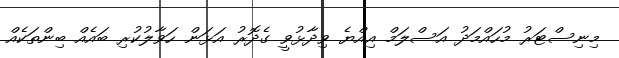
މިނިސްޓަރު މުހައްމަދު އަސްލަމް އިއްޔެ ވިދާޅުވީ ގެދޮރު އަޅަން ހަވާލުކުރި ބައެއް ބިންތަކެއް